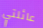
عائلتي